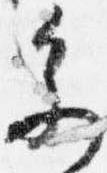
参